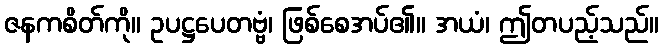
ဇနကစိတ်ကို။ ဥပဋ္ဌပေတဗ္ဗံ၊ ဖြစ်စေအပ်၏။ အယံ၊ ဤတပည့်သည်။